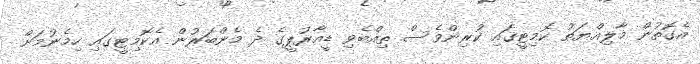
އެގޮތުން މާލިއްޔަތު ކޮމިޓީގައި ކުރިންވެސް ތިއްބެވި ޑީއާރުޕީގެ ދެ މެންބަރުން އެކޮމިޓީގައި ހިމެނުމަށް